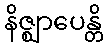
နိဇ္ဈာပေန္တိ